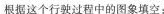
根据这个行驶过程中的图象填空：